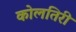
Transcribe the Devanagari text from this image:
कोलतिरी